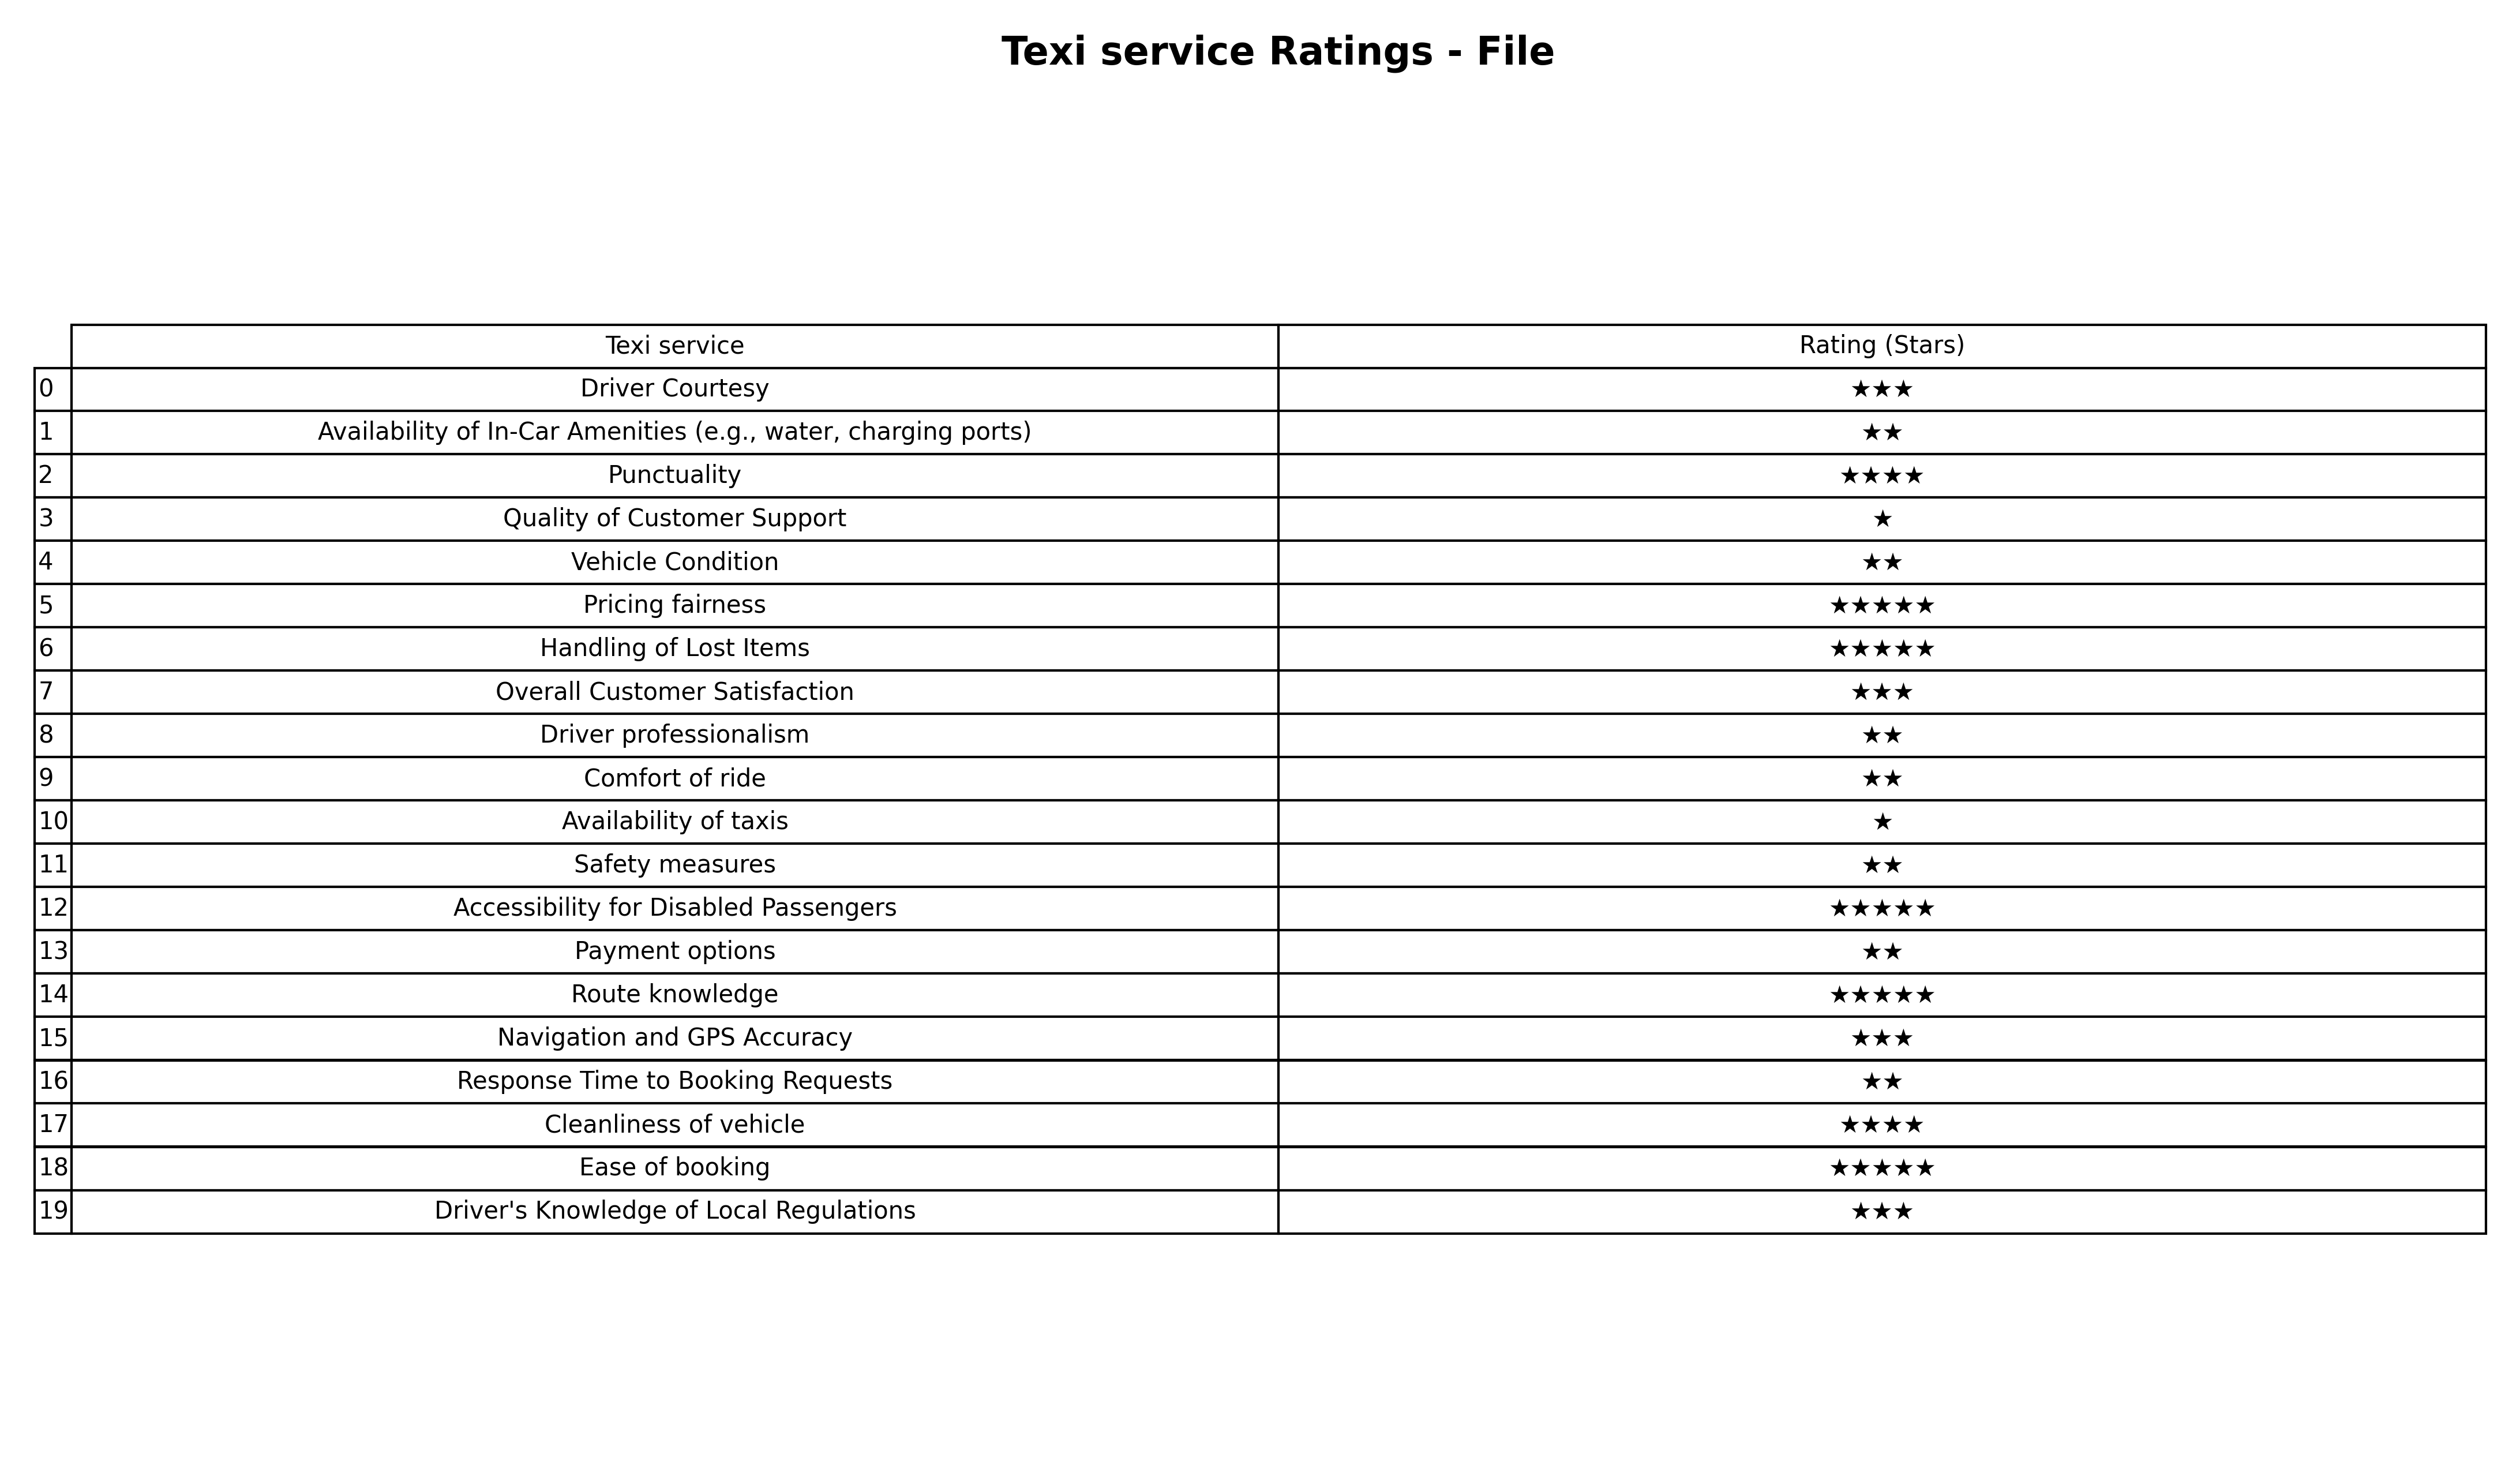
question: What are five star services?
answer: Pricing fairnessHandling of Lost ItemsAccessibility for Disabled PassengersRoute knowledgeEase of booking